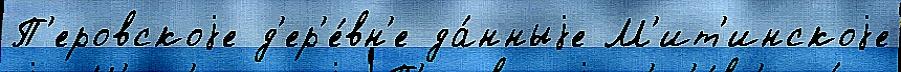
П'еровскоjе д'ер'е́вн'е да́нныjе М'ит'инскоjе